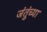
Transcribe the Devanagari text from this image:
जंतुंच्या